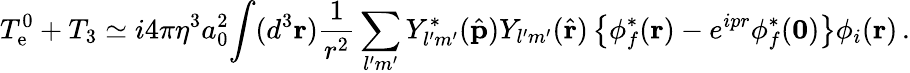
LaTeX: T_{\mathrm{e}}^{0}+T_{3}\simeq i4\pi\eta^{3}a_{0}^{2}\! \int(d^{3}{\mathbf r}){\frac{1}{r^{2}}}\sum_{l^{\prime}m^{\prime}}Y_{l^{\prime}m^{\prime}}^{*}(\hat{\mathbf p})Y_{l^{\prime}m^{\prime}}(\hat{\mathbf r})\left\{ \phi_{f}^{*}({\mathbf r})-e^{ipr}\phi_{f}^{*}({\mathbf 0})\right\} \phi_{i}({\mathbf r})\, .